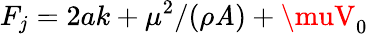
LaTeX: F_{j}=2ak+\mu^{2}/(\rho\mathit{A})+\muV_{0}